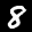
Label: 8